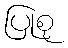
ပြုစု